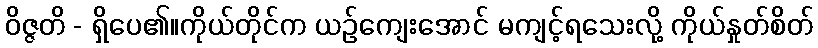
ဝိဇ္ဇတိ - ရှိပေ၏။ကိုယ်တိုင်က ယဉ်ကျေးအောင် မကျင့်ရသေးလို့ ကိုယ်နှုတ်စိတ်